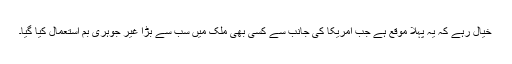
خیال رہے کہ یہ پہلا موقع ہے جب امریکا کی جانب سے کسی بھی ملک میں سب سے بڑا غیر جوہری بم استعمال کیا گیا۔